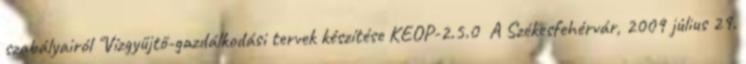
szabályairól "Vízgyűjtő-gazdálkodási tervek készítése KEOP-2.5.0 A Székesfehérvár, 2009 július 29.